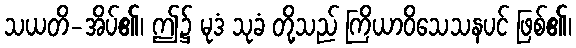
သယတိ-အိပ်၏၊ ဤ၌ မုဒံ သုခံ တို့သည် ကြိယာဝိသေသနပင် ဖြစ်၏၊